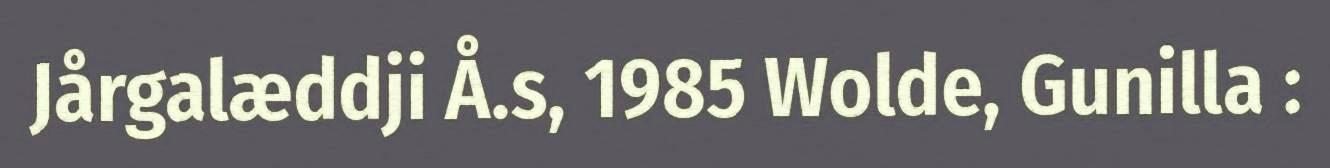
Jårgalæddji Å.s, 1985 Wolde, Gunilla :